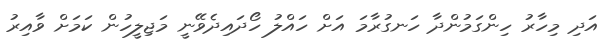
އަދި މިހާރު ހިންގަމުންދާ ހަނގުރާމަ އަށް ހައްލު ހޯދައިދެވޭނީ މަޖިލީހުން ކަމަށް ވާއިރު